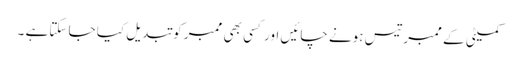
کمیٹی کے ممبرتیس ہونے چائیں اور کسی بھی ممبر کو تبدیل کیا جا سکتاہے ۔